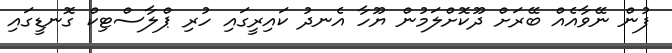
ފުން ނޭވާއެއް ބޭރަށް ދޫކޮށްލަމުން ޔޫހާ އެނދު ކައިރީގައި ހުރި ޕްލާސްޓިކް ގޮނޑީގައި